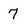
Character: 7